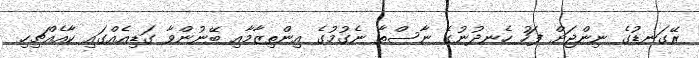
ރޭގަނޑުގެ ނިންޖަށް ފަހު ހެނދުނުގެ ނާސްތާ ނެގުމުގެ އިންތިޒާމާއި ބޭނުންވާ ގަޑިއެއްގައި ކާއެއްޗިހި